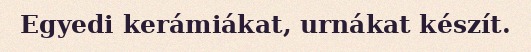
Egyedi kerámiákat, urnákat készít.